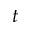
t